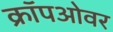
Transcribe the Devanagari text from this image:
क्रॉपओवर